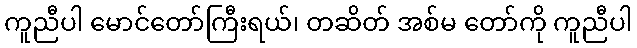
ကူညီပါ မောင်တော်ကြီးရယ်၊ တဆိတ် အစ်မ တော်ကို ကူညီပါ